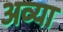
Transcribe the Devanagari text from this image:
अव्या